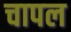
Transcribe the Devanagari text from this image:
चापल